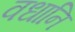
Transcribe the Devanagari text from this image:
वधानि